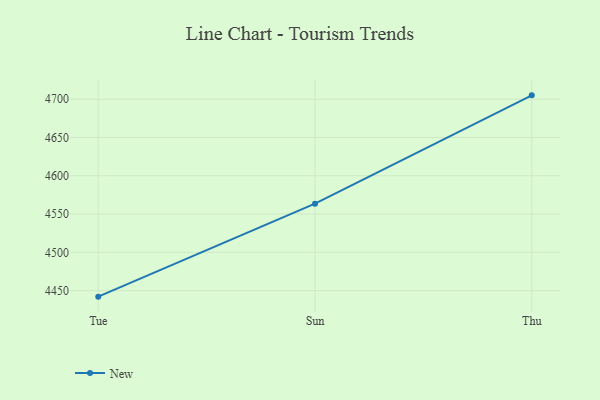
{"axis": {"x": "Day", "y": "Humidity (%)"}, "legend": ["New"], "data": [{"x": "Tue", "y": 4442.1, "type": "New"}, {"x": "Sun", "y": 4563.5, "type": "New"}, {"x": "Thu", "y": 4705.0, "type": "New"}]}